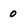
Character: 0